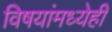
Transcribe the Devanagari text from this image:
विषयांमध्येही